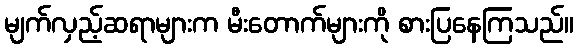
မျက်လှည့်ဆရာများက မီးတောက်များကို စားပြနေကြသည်။